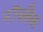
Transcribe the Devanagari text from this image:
नॉचबैक